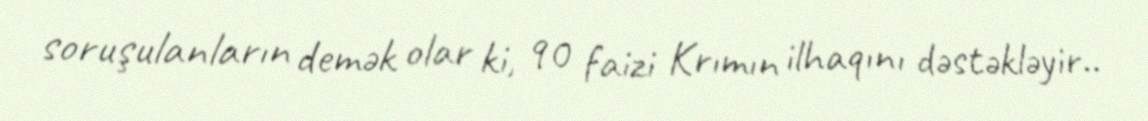
soruşulanların demək olar ki, 90 faizi Krımın ilhaqını dəstəkləyir..